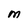
Character: M